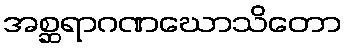
အစ္ဆရာဂဏဃောသိတော